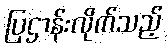
ပြဌာန်းလိုက်သည့်